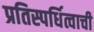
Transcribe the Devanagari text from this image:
प्रतिस्पर्धित्वाची